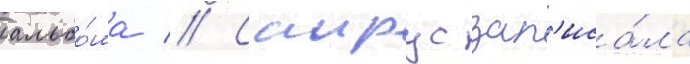
альбо́ма // Саирус зап'иса́ла